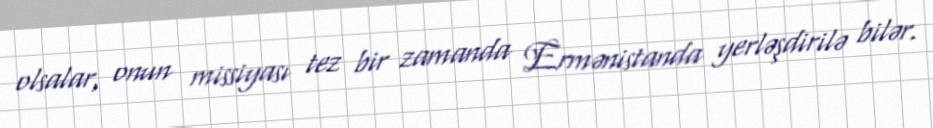
olsalar, onun missiyası tez bir zamanda Ermənistanda yerləşdirilə bilər.